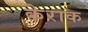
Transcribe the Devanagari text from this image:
केराक